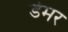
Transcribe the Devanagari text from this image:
डेमर